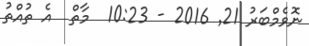
ނޮވެމްބަރު 21